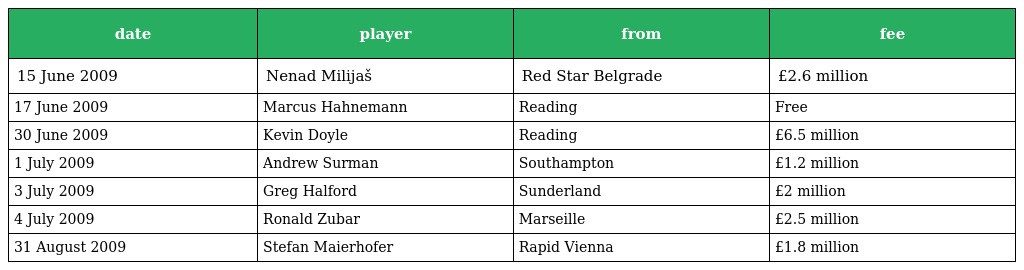
| date | player | from | fee |
 | --- | --- | --- | --- |
 | 15 June 2009 | Nenad Milijaš | Red Star Belgrade | £2.6 million |
 | 17 June 2009 | Marcus Hahnemann | Reading | Free |
 | 30 June 2009 | Kevin Doyle | Reading | £6.5 million |
 | 1 July 2009 | Andrew Surman | Southampton | £1.2 million |
 | 3 July 2009 | Greg Halford | Sunderland | £2 million |
 | 4 July 2009 | Ronald Zubar | Marseille | £2.5 million |
 | 31 August 2009 | Stefan Maierhofer | Rapid Vienna | £1.8 million |